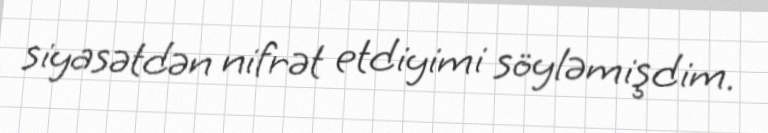
siyasətdən nifrət etdiyimi söyləmişdim.